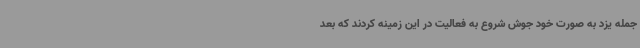
جمله یزد به صورت خود جوش شروع به فعالیت در این زمینه کردند که بعد